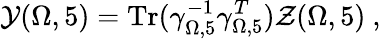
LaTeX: {\cal Y}(\Omega,5)=\mathrm{Tr}(\gamma_{\Omega,5}^{-1}\gamma_{\Omega,5}^{T}){\cal Z}(\Omega,5)~,